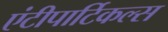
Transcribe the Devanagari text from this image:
एंटीपार्टिकल्स